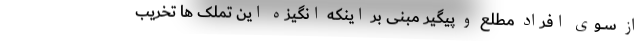
از ســوی افراد مطلع و پیگیر مبنی بر اینکه انگیزه این تملک ها تخریب